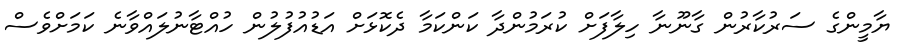
ޔާމީންގެ ސަރުކާރުން ގާނޫނާ ހިލާފަށް ކުރަމުންދާ ކަންކަމާ ދެކޮޅަށް އަޑުއުފުލުން ހުއްޓާނުލައްވާނެ ކަމަށްވެސް